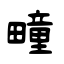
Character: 疃